Bréfritari: Sigríður Pálsdóttir
Viðtakandi: Páll Pálsson
Dagsetning: A-1865-10-30
Skrifað á: Breiðabólsstað  Rang.
Páll var bróðir Sigríðar

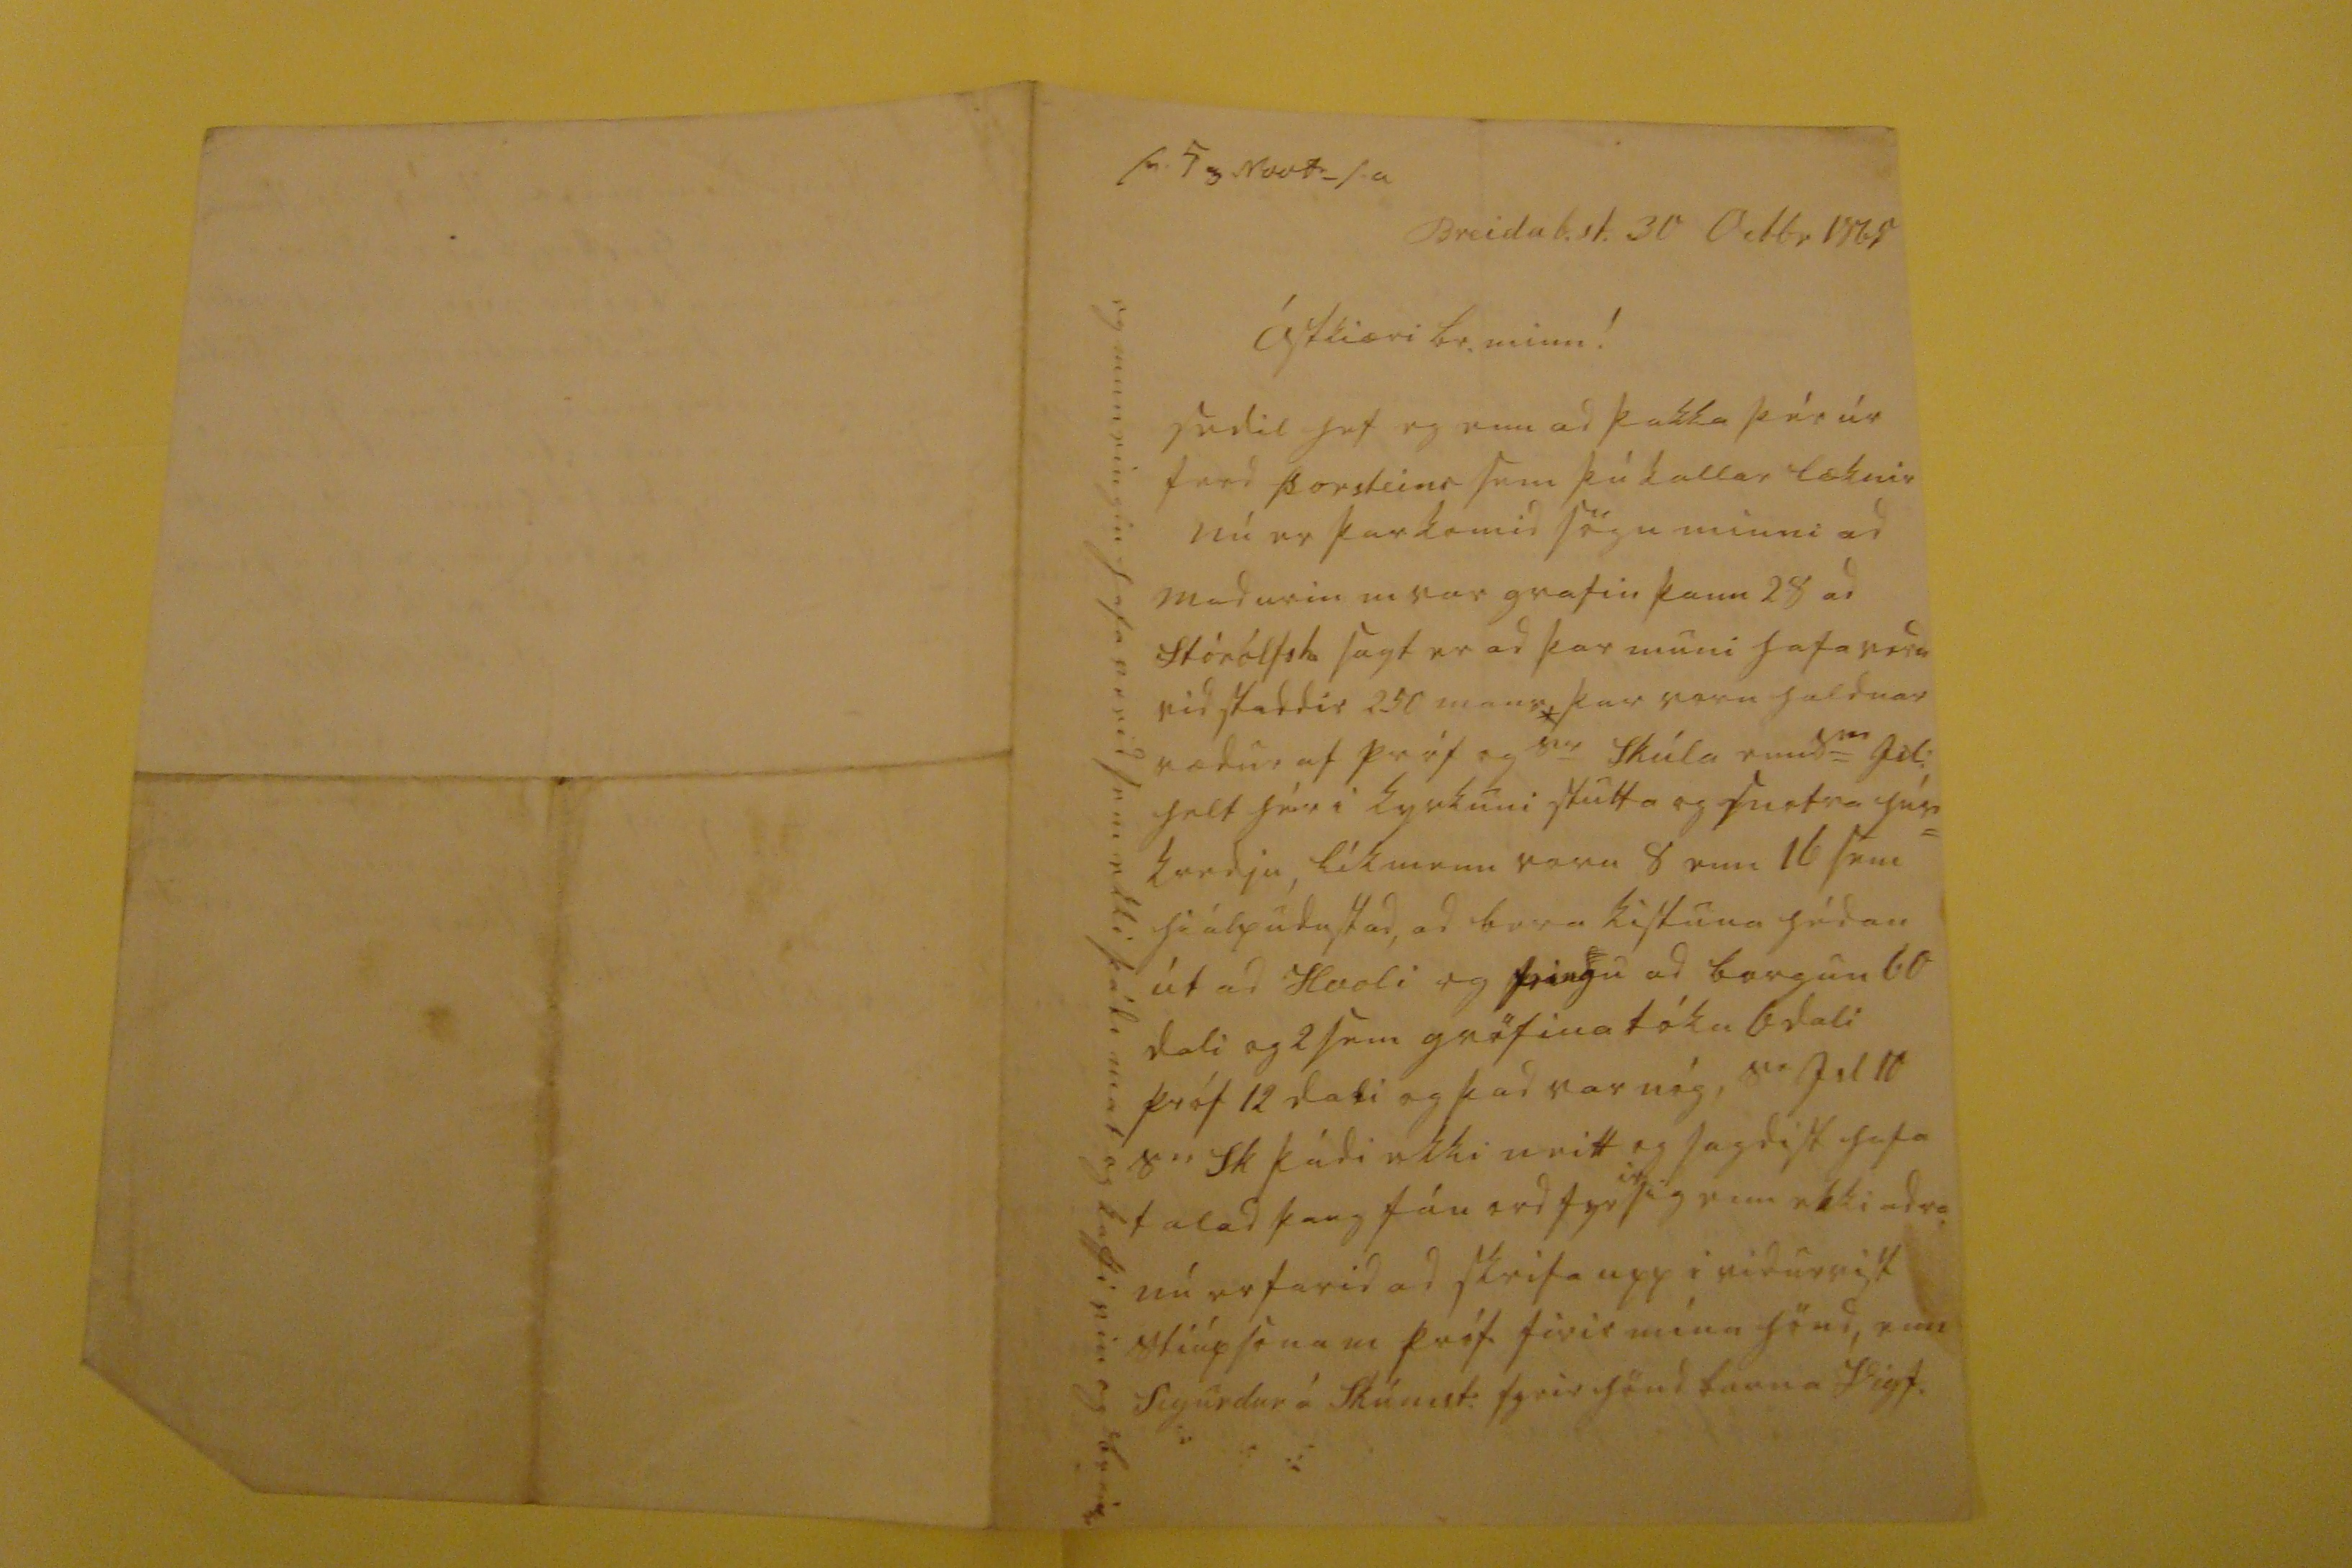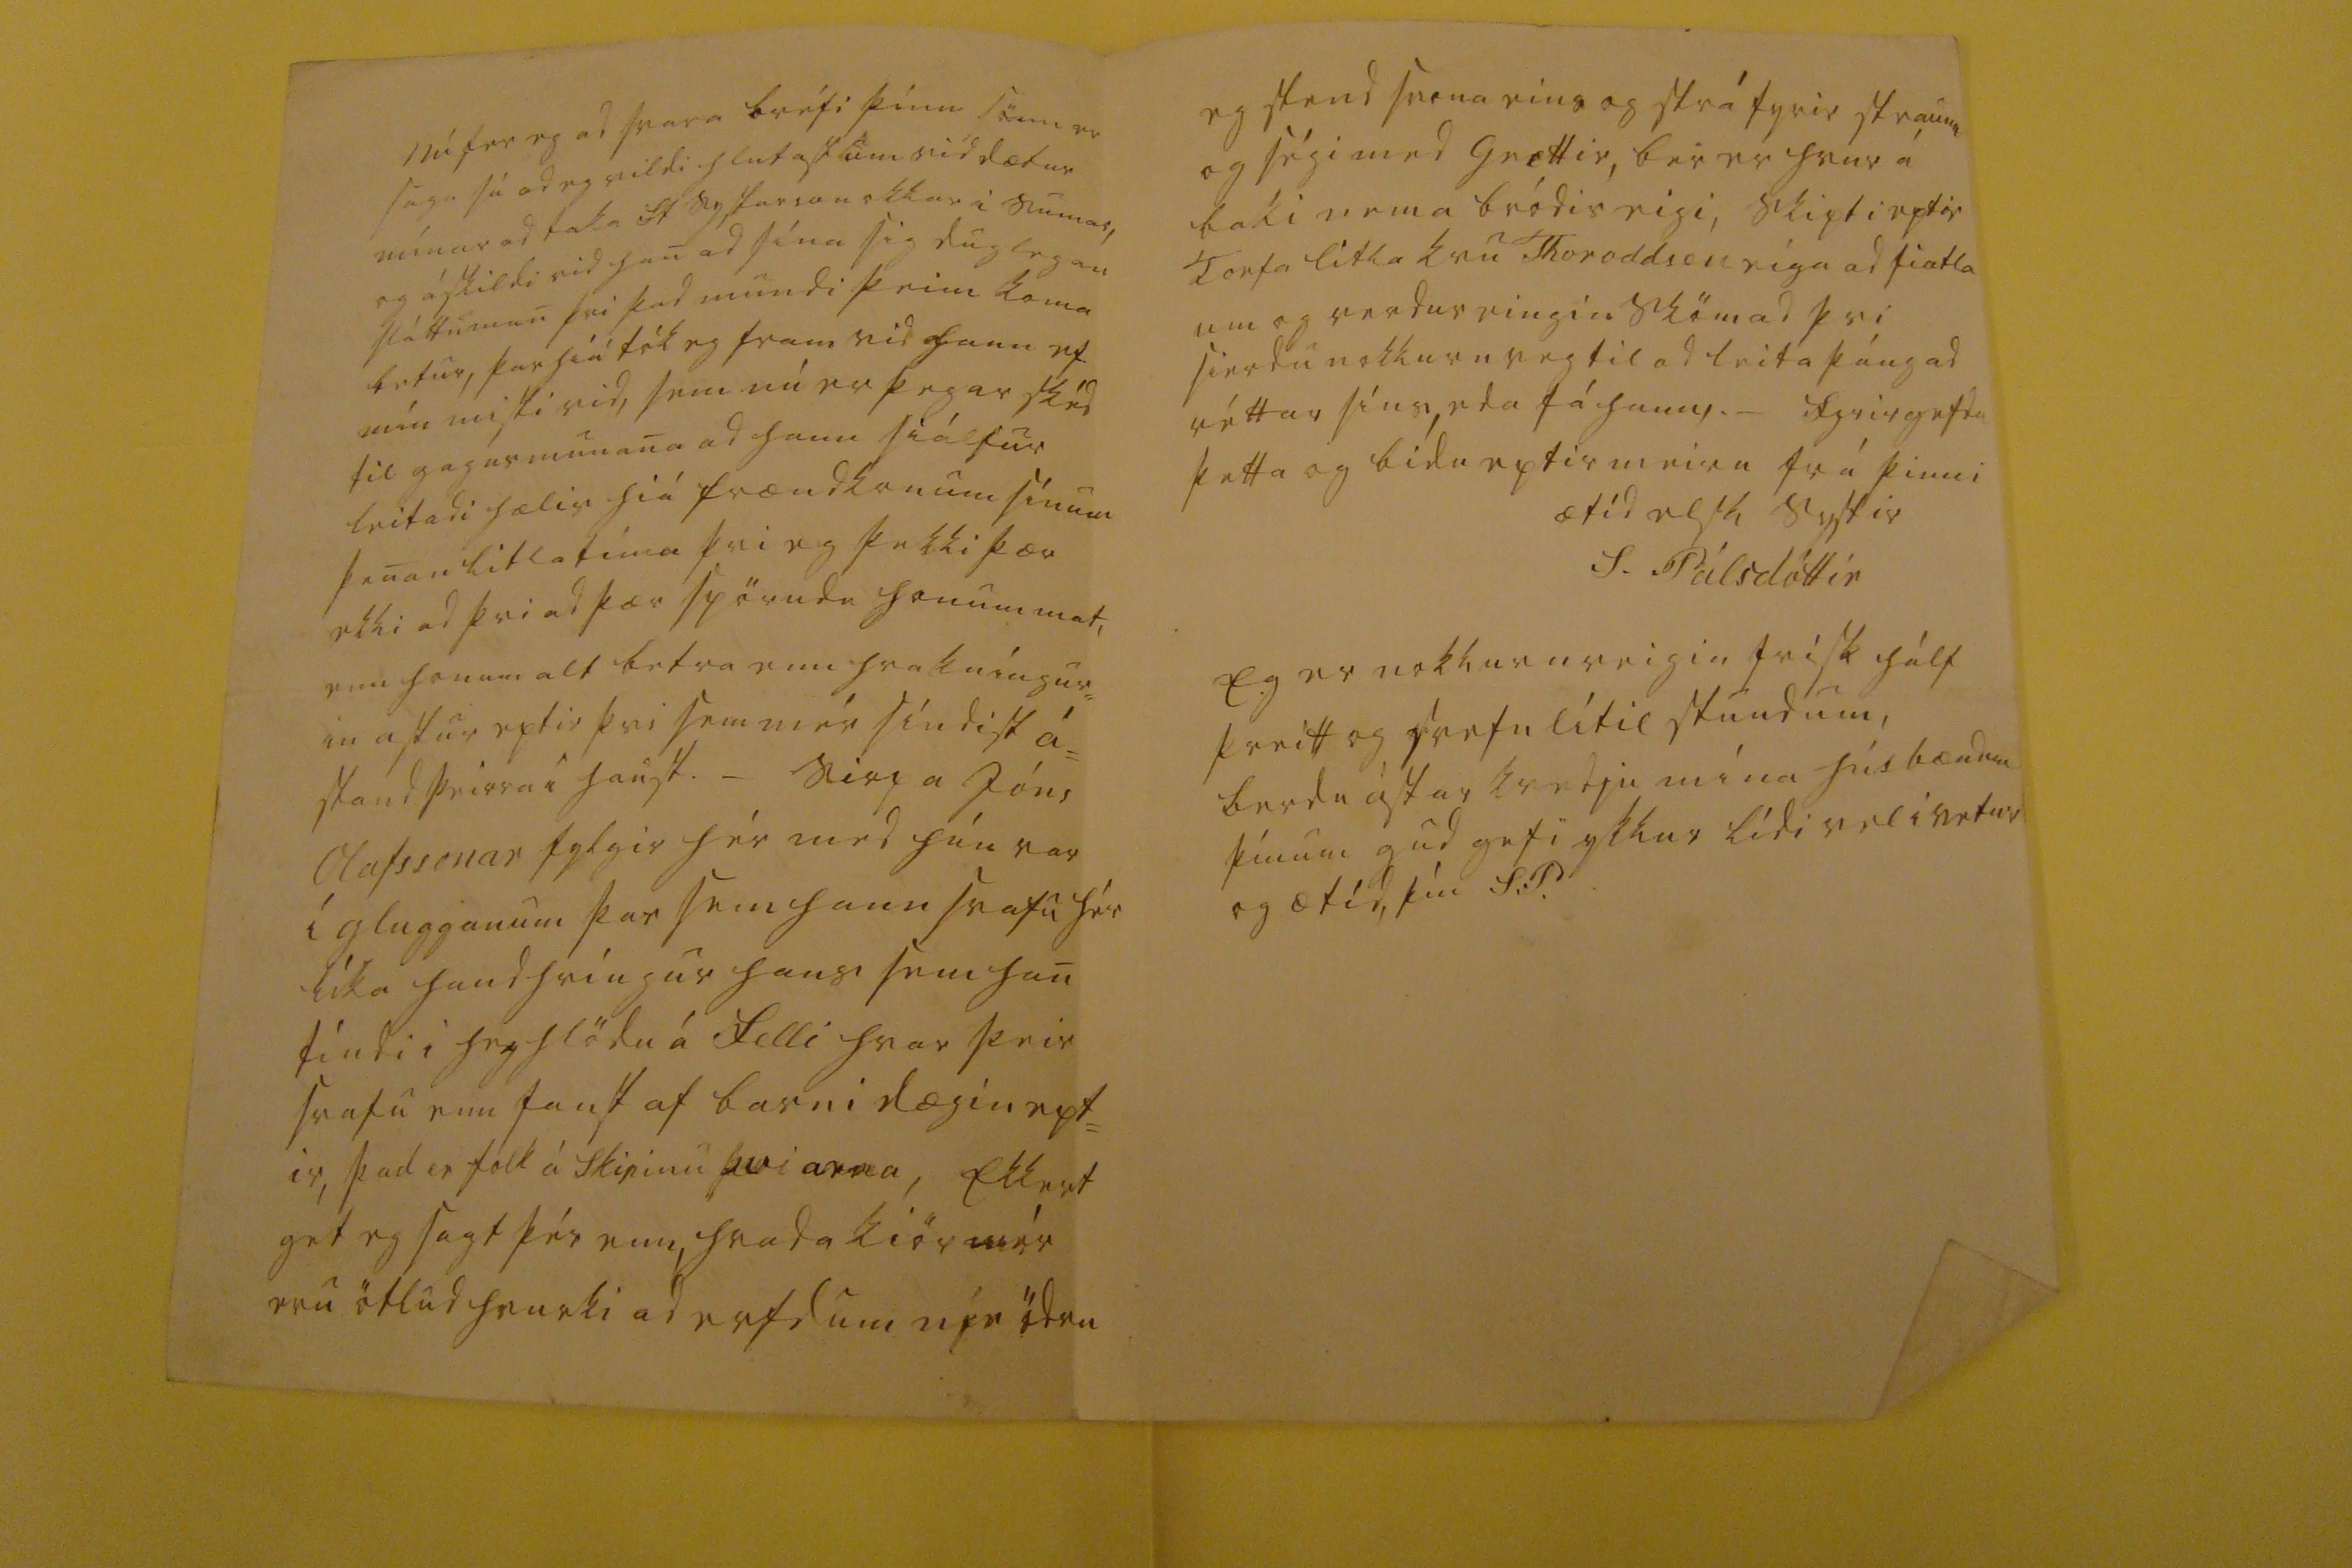

sv. 5 Novbr_ s.a
Breidab.st. 30 Octbr 1865
ástkiæri br. minn!
sedil hef eg enn ad þakka þér úr ferd Þorsteins sem þú kallar læknir nú er þar komid sögu minni ad madurin m var grafin þann 28 ad Stórólfsh sagt er ad þar muni hafa verid vidstaddir 250 mans* þar voru haldnar rædur af próf og s
r
Skúla enn s
er
Jol:
helt hér i kyrkuni stutta og snotra hús= kvedju, líkmenn voru 8 enn 16 sem hiálpudust ad, ad bera kistuna hédan út ad Hvoli og feingu ad borgun 60 dali og 2 sem gröfina tóku 6 dali próf 12 dali og þad var nóg,
sr Jil 10 s0 Sk
þádi ekki neitt og sagdist hafa talad þaug fáu ord fyr
ir
sig enn ekki adra nú er farid ad skrifa upp i vidurvist stiúpsona m próf firir mína hönd, enn Sigurdur á Skúmst: fyrir hönd barna Vigf.
og mun eingin hafa verid sem ekki þádi mat og kaffi vin og br
ei00
Nú fer eg ad svara bréfi þínu sönn er saga sú ad eg vildi hlutast um vid dætur mínar ad taka St systurson okkar i sumar, og áskildi vid han ad sína sig duglegan sláttuman þvi þad mundi þeim koma betur, þar hiá tók eg fram vid hann ef mín misti vid, sem nú er þegar skéd til gagnsmunana ad hann siálfur leitadi hælis hiá frændkonum sínum þenan litla tíma þvi eg þekki þær ekki ad þvi ad þær spörudu honum mat, enn honum alt betra enn hrakníngur= in astur eptir þvi sem mér síndist á= stand þeirra i haust. _ Sirpa Jóns Olafssonar fylgir hér med hún var í glugganum þar sem hann
svafu
hér líka handhríngur hans sem han tíndi i heyhlödu á Felli hvar þeir svafu enn fanst af barni dægin ept= ir, þad er folk á skipinu þvi arna, Ekkert get eg sagt þér enn, hvada kiör mér eru ötlud hvurki ad erfdum níe ödru
eg stend svona eins og strá fyrir straum og ségi med Grettir, ber er hvur á baki nema bródir eigi, skipti eptir Torfa litla kvu Toroddsen eíga ad fiatla um og verdur eingin sköm ad þvi sierdu nokkurn veg til ad leita þángad réttar síns, eda fá
hann
. _ fyrirgefdu þetta og bidu eptir meira frá þinni
ætíd elsk systir
S. Pálsdóttir
Eg er nokkurn veigin frísk hálf þreitt og svefn lítil stundum, berdu ástar kvedju mína húsbændum þínum gud gefi ykkur lídi vel i vetur og ætíd, þín S.P.